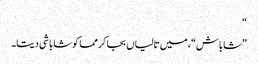
“
”شاباش“، میں تالیاں بجا کر مما کو شاباشی دیتا۔